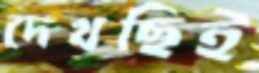
দেখছিই